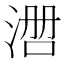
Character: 𰜃